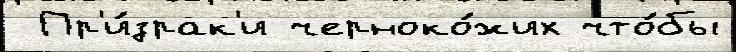
 Пр'и́зрак'и черноко́жих что́бы